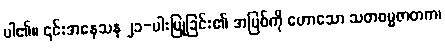
ပါ၏။ ၎င်းအနေသန ၂၁-ပါးပြုခြင်း၏ အပြစ်ကို ဟောသော သတဓမ္မဇာတက၊